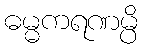
ဓမ္မကရဏမ္ပိ